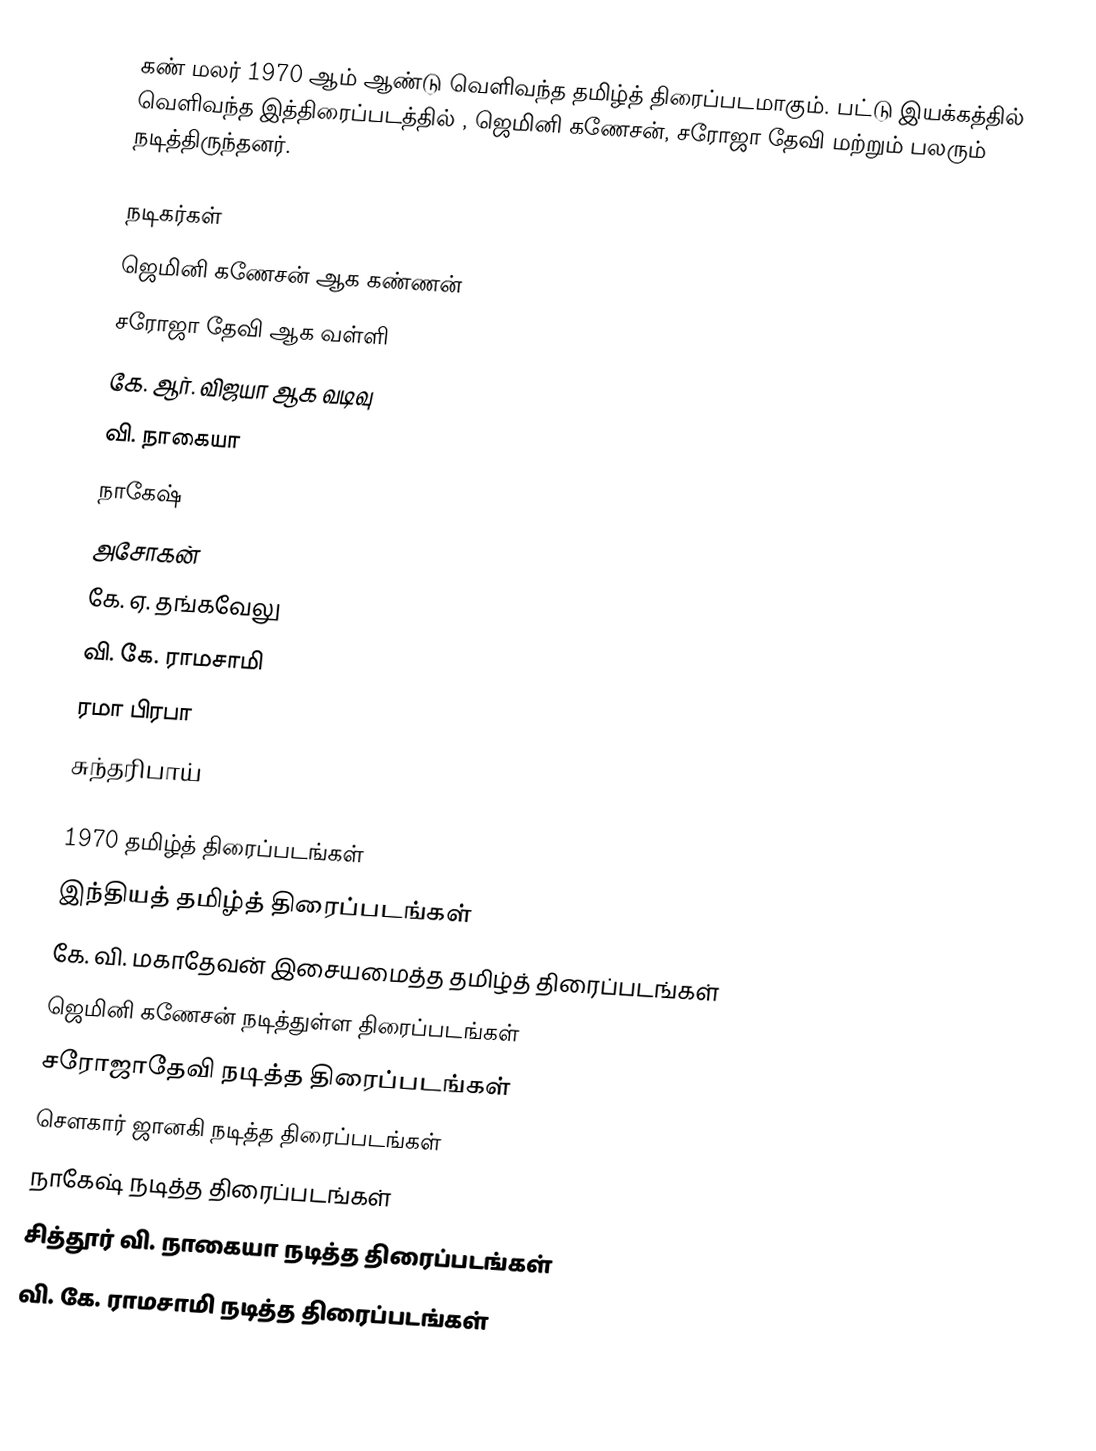
கண் மலர் 1970 ஆம் ஆண்டு வெளிவந்த தமிழ்த் திரைப்படமாகும்.  பட்டு இயக்கத்தில் வெளிவந்த இத்திரைப்படத்தில் , ஜெமினி கணேசன், சரோஜா தேவி மற்றும் பலரும் நடித்திருந்தனர்.

நடிகர்கள்
ஜெமினி கணேசன் ஆக கண்ணன்
சரோஜா தேவி ஆக வள்ளி
கே. ஆர். விஜயா ஆக வடிவு
வி. நாகையா
நாகேஷ்
அசோகன்
கே. ஏ. தங்கவேலு
வி. கே. ராமசாமி
ரமா பிரபா
சுந்தரிபாய்

1970 தமிழ்த் திரைப்படங்கள்
இந்தியத் தமிழ்த் திரைப்படங்கள்
கே. வி. மகாதேவன் இசையமைத்த தமிழ்த் திரைப்படங்கள்
ஜெமினி கணேசன் நடித்துள்ள திரைப்படங்கள்
சரோஜாதேவி நடித்த திரைப்படங்கள்
சௌகார் ஜானகி நடித்த திரைப்படங்கள்
நாகேஷ் நடித்த திரைப்படங்கள்
சித்தூர் வி. நாகையா நடித்த திரைப்படங்கள்
வி. கே. ராமசாமி நடித்த திரைப்படங்கள்